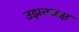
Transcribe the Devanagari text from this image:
उझतवक्ष